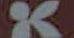
K